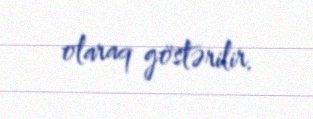
olaraq göstərilir.